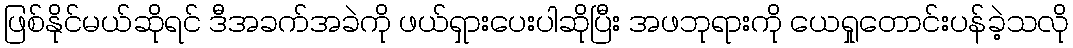
ဖြစ်နိုင်မယ်ဆိုရင် ဒီအခက်အခဲကို ဖယ်ရှားပေးပါဆိုပြီး အဖဘုရားကို ယေရှုတောင်းပန်ခဲ့သလို